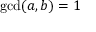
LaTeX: \operatorname* { g c d } ( a , b ) = 1